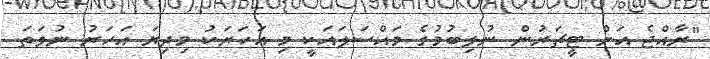
"ރާއްޖެ އަށް ޓީޗަރުން ނުލިބުމުގެ މައްސަލައަކީ މި އަހަރަކު މިދިޔަ އަހަރު ނުވަތަ